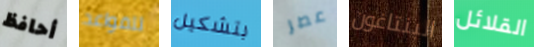
أحافظ للقواعد بتشكيل عصر البنتاغون القلائل